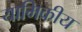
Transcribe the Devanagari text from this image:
यामिकीय